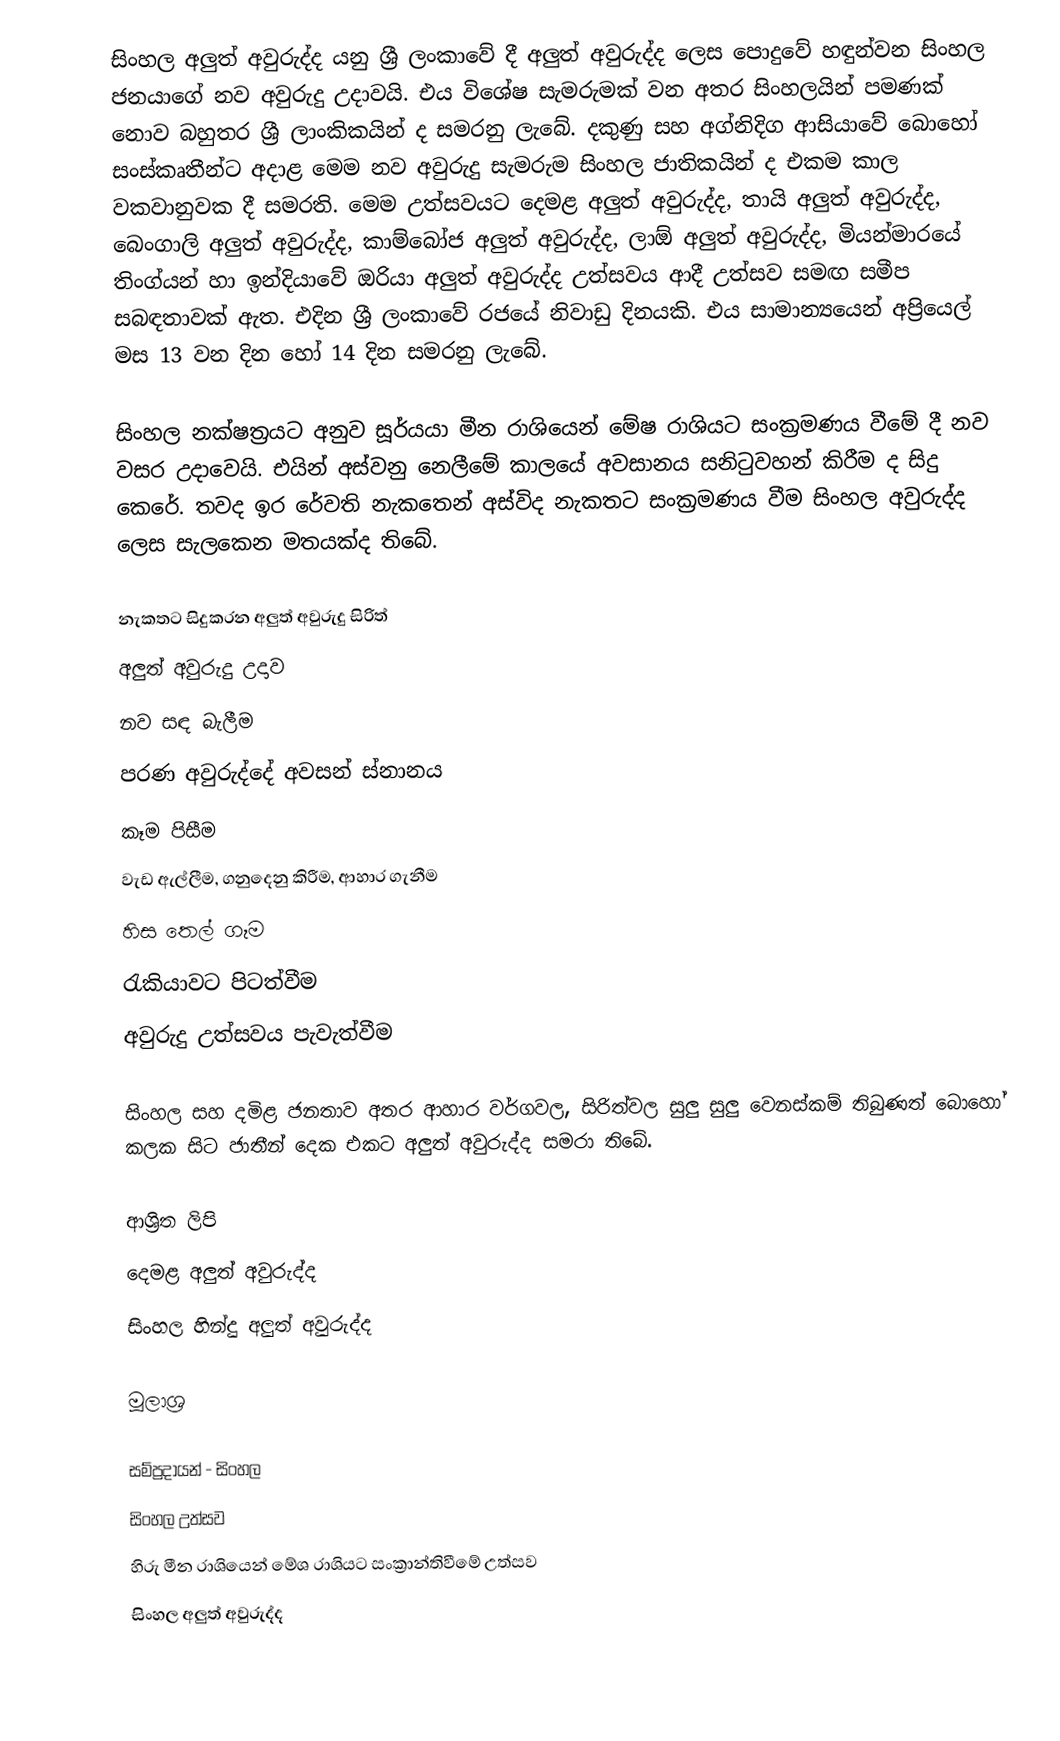
සිංහල අලුත් අවුරුද්ද යනු ශ්‍රී ලංකාවේ දී අලුත් අවුරුද්ද ලෙස පොදුවේ හඳුන්වන සිංහල ජනයාගේ නව අවුරුදු උදාවයි. එය විශේෂ සැමරුමක් වන අතර සිංහලයින් පමණක් නොව බහුතර ශ්‍රී ලාංකිකයින් ද සමරනු ලැබේ. දකුණු සහ අග්නිදිග ආසියාවේ බොහෝ සංස්කෘතීන්ට අදාළ මෙම නව අවුරුදු සැමරුම සිංහල ජාතිකයින් ද එකම කාල වකවානුවක දී සමරති. මෙම උත්සවයට දෙමළ අලුත් අවුරුද්ද, තායි අලුත් අවුරුද්ද, බෙංගාලි අලුත් අවුරුද්ද, කාම්බෝජ අලුත් අවුරුද්ද, ලාඕ අලුත් අවුරුද්ද, මියන්මාරයේ තිංග්යන් හා ඉන්දියාවේ ඔරියා අලුත් අවුරුද්ද උත්සවය ආදී උත්සව සමඟ සමීප සබඳතාවක් ඇත. එදින ශ්‍රී ලංකාවේ රජයේ නිවාඩු දිනයකි. එය සාමාන්‍යයෙන් අප්‍රියෙල් මස 13 වන දින හෝ 14 දින සමරනු ලැබේ.

සිංහල නක්ෂත්‍රයට අනුව සූර්යයා මීන රාශියෙන් මේෂ රාශියට සංක්‍රමණය වීමේ දී නව වසර උදාවෙයි. එයින් අස්වනු නෙලීමේ කාලයේ අවසානය සනිටුවහන් කිරීම ද සිදු කෙරේ. තවද ඉර රේවති නැකතෙන් අස්විද නැකතට සංක්‍රමණය වීම සිංහල අවුරුද්ද ලෙස සැලකෙන මතයක්ද තිබේ.

නැකතට සිදුකරන අලුත් අවුරුදු සිරිත්
අලුත් අවුරුදු උදාව
 නව සඳ බැලීම
 පරණ අවුරුද්දේ අවසන් ස්නානය
 කෑම පිසීම
 වැඩ ඇල්ලීම, ගනුදෙනු කිරීම, ආහාර ගැනීම
 හිස තෙල් ගෑම
 රැකියාවට පිටත්වීම
 අවුරුදු උත්සවය පැවැත්වීම

සිංහල සහ දමිළ ජනතාව අතර ආහාර වර්ගවල, සිරිත්වල සුලු සුලු වෙනස්කම් තිබුණත් බොහෝ කලක සිට ජාතීන් දෙක එකට අලුත් අවුරුද්ද සමරා තිබේ.

ආශ්‍රිත ලිපි
 දෙමළ අලුත් අවුරුද්ද
 සිංහල හින්දු අලුත් අවුරුද්ද

මූලාශ්‍ර

සම්ප්‍රදායන් - සිංහල
සිංහල උත්සව
හිරු මීන රාශියෙන් මේශ රාශියට සංක්‍රාන්තිවීමේ උත්සව
සිංහල අලුත් අවුරුද්ද